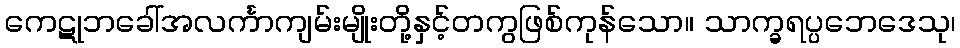
ကေဋုဘခေါ်အလင်္ကာကျမ်းမျိုးတို့နှင့်တကွဖြစ်ကုန်သော။ သာက္ခရပ္ပဘေဒေသု၊